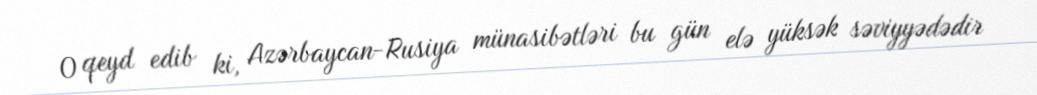
O qeyd edib ki, Azərbaycan-Rusiya münasibətləri bu gün elə yüksək səviyyədədir